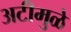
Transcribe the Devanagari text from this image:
अटीमुळे